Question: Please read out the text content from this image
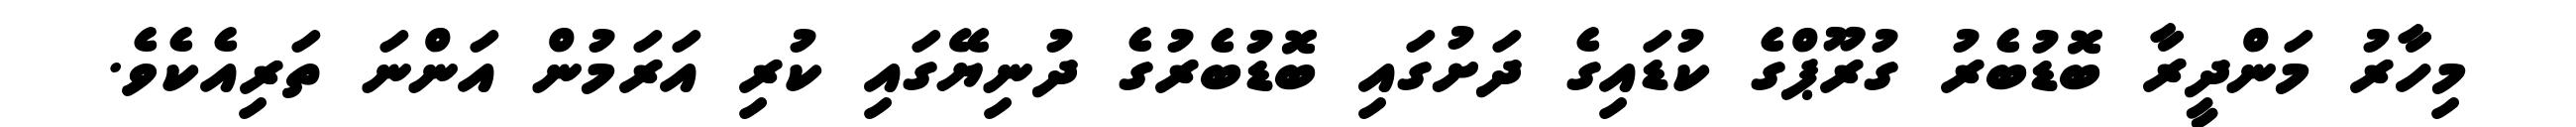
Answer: މިހާރު މަންދީރާ ބޮޑުބެރު ގުރޫޕްގެ ކުޑައިގެ ދަށުގައި ބޮޑުބެރުގެ ދުނިޔޭގައި ކުރި އަރަމުން އަންނަ ތަރިއެކެވެ.